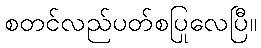
စတင်လည်ပတ်စပြုလေပြီ။